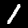
Label: 1